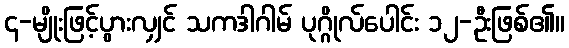
၄-မျိုးဖြင့်ပွားလျှင် သကဒါဂါမ် ပုဂ္ဂိုလ်ပေါင်း ၁၂-ဦးဖြစ်၏။